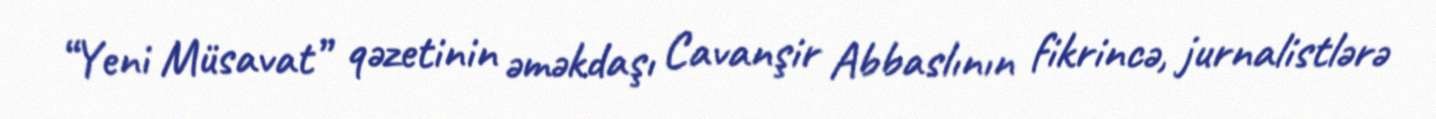
“Yeni Müsavat” qəzetinin əməkdaşı Cavanşir Abbaslının fikrincə, jurnalistlərə